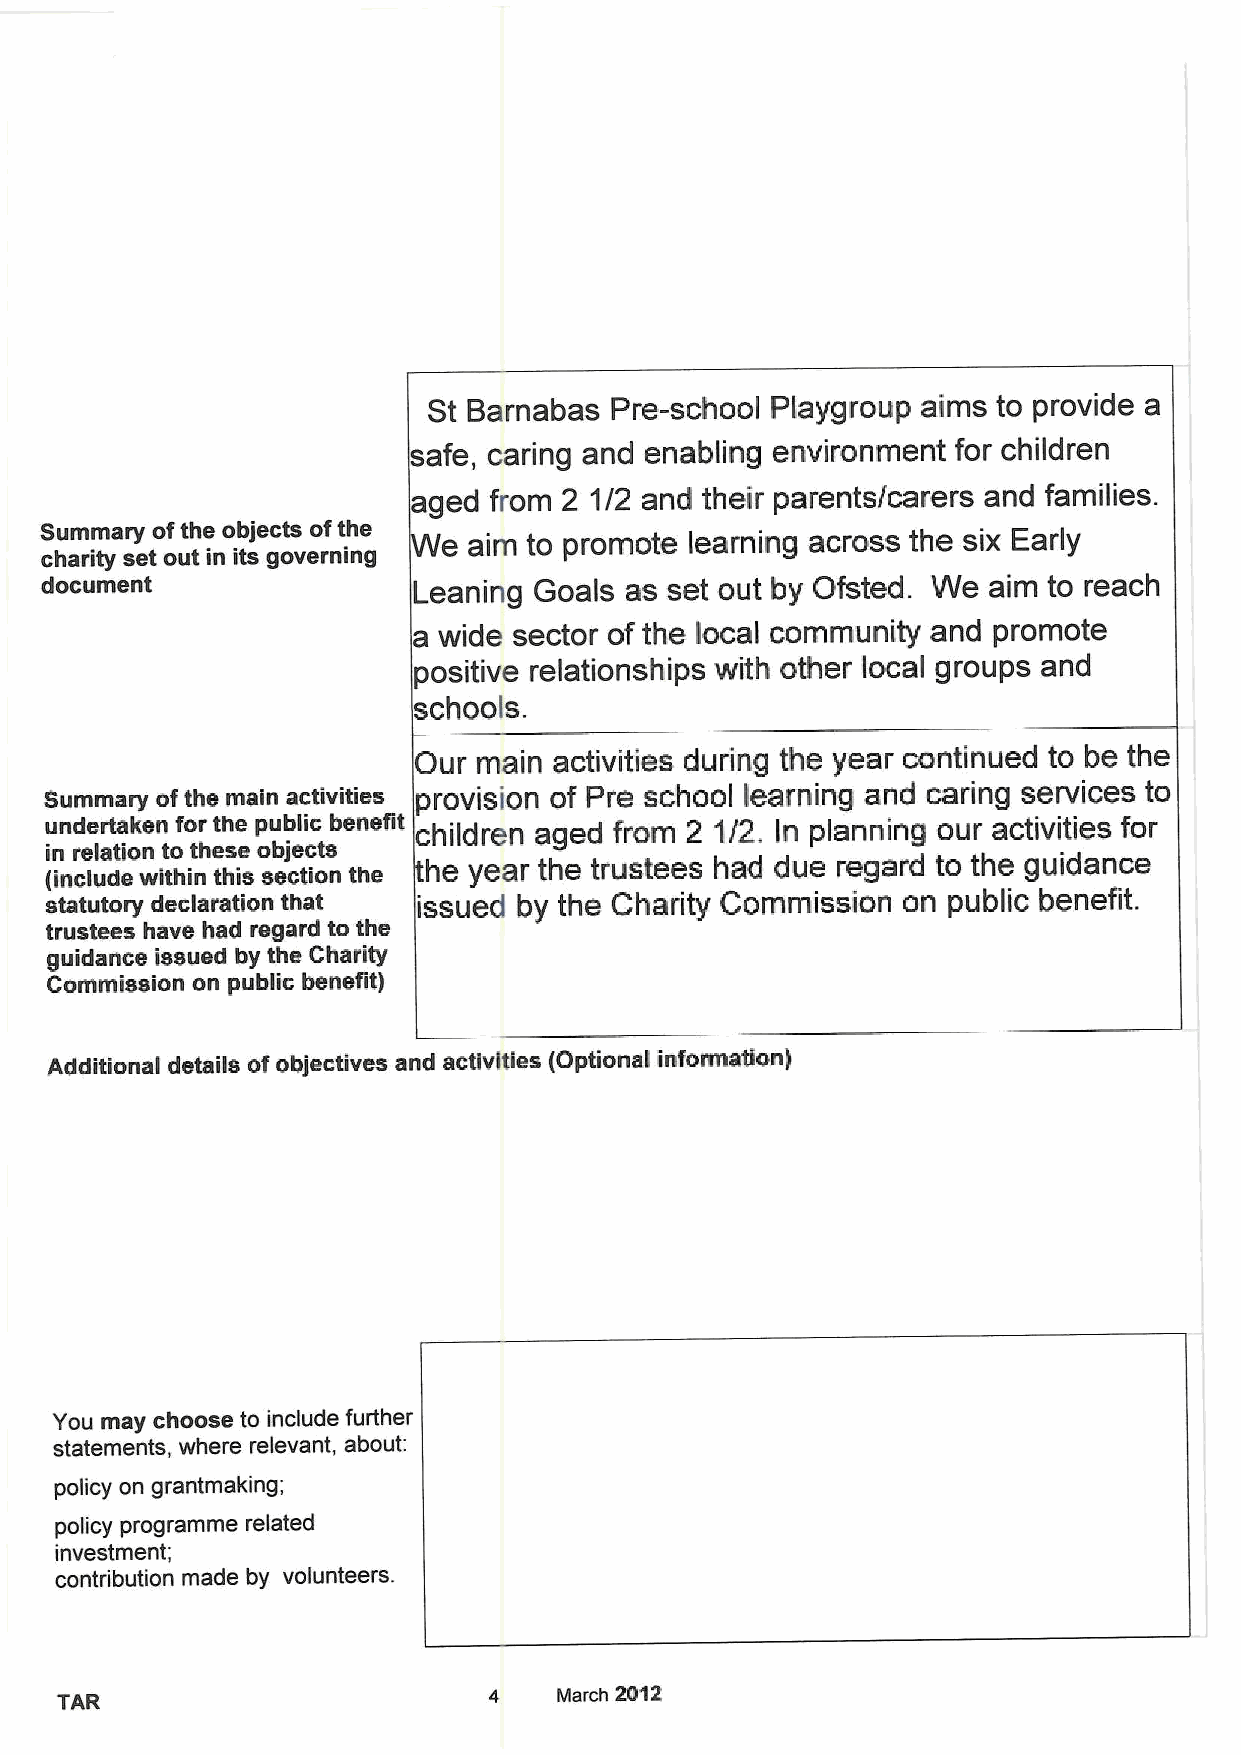
St Barnabas Pre-school Playgroup aims to provide a
 afe, caring and enabling environment for children
 aged from 2 1/2 and their parents/carers and families.
 Summary ofthe objects ofthe e aim to promote learning across the six Early
 charity set out in its governing
 document                Leaning Goals as set out by Ofsted. We aim to reach
 a wide sector of the local community and promote
 positive relationships with other local groups and
 schools.
 Our  main activities during the year continued to be the
 Summary ofthe main activities provision of Pre school learning and caring services to
 undertaken for the public benest hildren aged from 2 1/2. In planning our activities for
 (in incre lula dt eion witt ho inthe thse is o sb ej ce tic ots n the he year the trustees had due regard to the guidance
 statutory declaration that issued by the Charity Commission on public benefit.
 trustees have had regard to the
 guidance issued by the Charity
 Commission on public benefit)
 Additional details ofobjectives and activities (Optional information)
 You may choose to include further
 statements, where relevant, about:
 policy on grantmaking;
 policy programme related
 investment;
 contribution made by volunteers.
 TAR                         4    March 2012